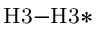
_ \mathrm { H 3 - H 3 * }